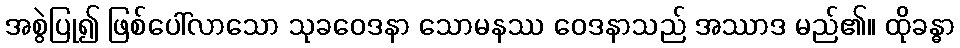
အစွဲပြု၍ ဖြစ်ပေါ်လာသော သုခဝေဒနာ သောမနဿ ဝေဒနာသည် အဿာဒ မည်၏။ ထိုခန္ဓာ